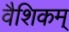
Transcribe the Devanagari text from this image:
वैशिकम्